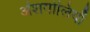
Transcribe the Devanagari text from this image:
अंशगोलियाँ